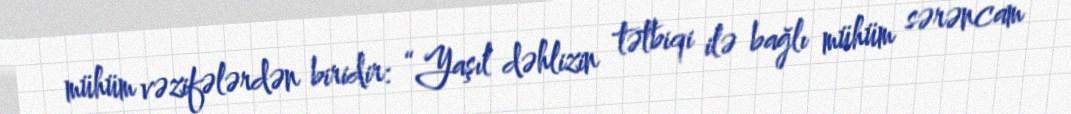
mühüm vəzifələrdən biridir: “Yaşıl dəhlizin tətbiqi ilə bağlı mühüm sərəncam